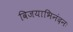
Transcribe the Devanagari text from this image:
विजयाभिनंदनः